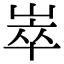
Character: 崒